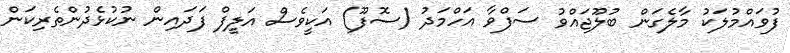
ފުވައްމުލަކު މާލެގަން ބުލޫޖައްވު ސަފްވާ އަހްމަދު (ސޮފޫ) އަކީވެސް އަލީފް ފަދައިން ނުކުޅެދުންތެރިކަން